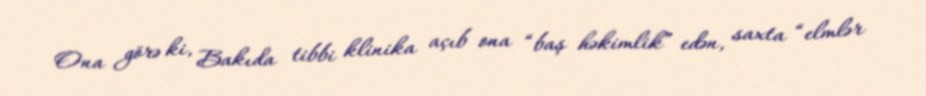
Ona görə ki, Bakıda tibbi klinika açıb ona “baş həkimlik” edən, saxta “elmlər